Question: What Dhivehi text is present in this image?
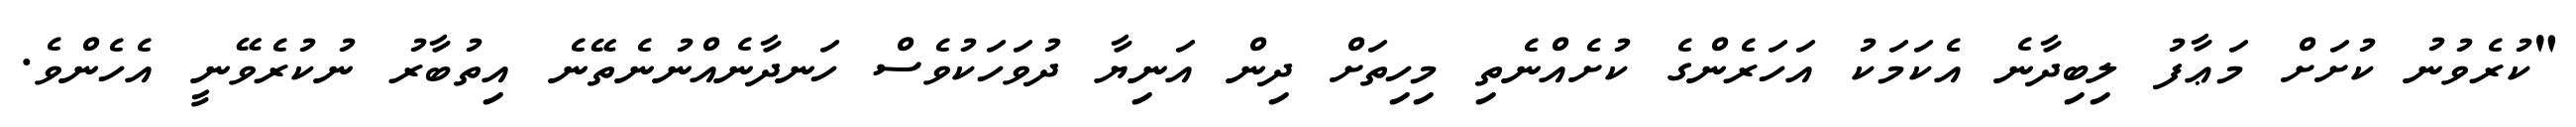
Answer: "ކުރެވުނު ކުށަށް މަޢާފު ލިބިދާނެ އެކަމަކު އަހަރެންގެ ކުށެއްނެތި މިހިތަށް ދިން އަނިޔާ ދުވަހަކުވެސް ހަނދާނެއްނުނެތޭނެ އިތުބާރު ނުކުރެވޭނީ އެހެންވެ.